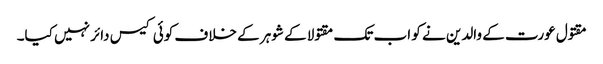
مقتول عورت کے والدین نے کو اب تک مقتولا کے شوہر کے خلاف کوئی کیس دائر نہیں کیا۔